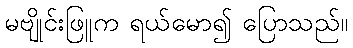
မဗျိုင်းဖြူက ရယ်မော၍ ပြောသည်။